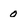
Character: 0